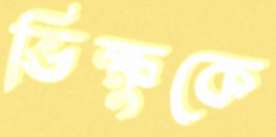
ভিক্ষুকে